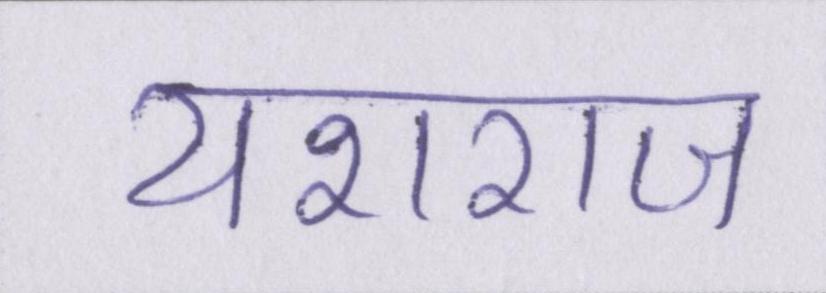
यशराज